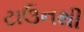
ટાઉનથી